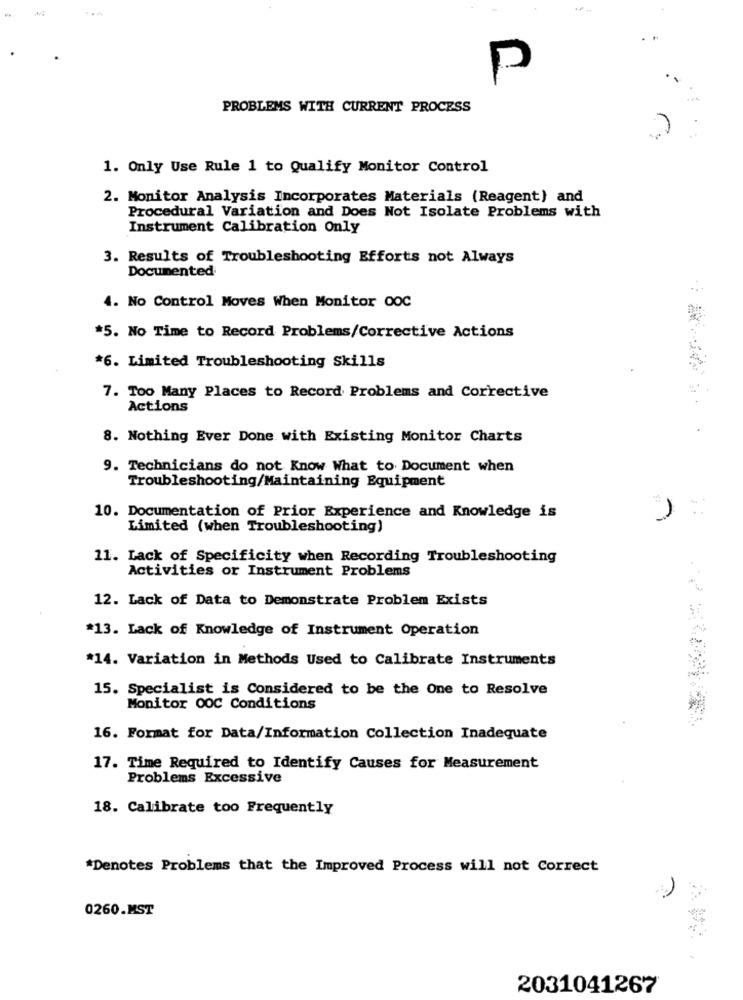
P
PROBLEMS WITH CURRENT PROCESS
1. Only Use Rule 1 to Qualify Monitor Control
2. Monitor Analysis Incorporates Materials (Reagent) and
Procedural Variation and Does Not Isolate Problems with
Instrument Calibration Only
3. Results of Troubleshooting Efforts not Always
Documented
4. No Control Moves When Monitor OOC
*5. No Time to Record Problems/Corrective Actions
*6. Limited Troubleshooting Skills
7. Too Many Places to Record Problems and Corrective
Actions
8. Nothing Ever Done with Existing Monitor Charts
9. Technicians do not Know What to Document when
Troubleshooting/Maintaining Equipment
10. Documentation of Prior Experience and Knowledge is
Limited (when Troubleshooting)
11. Lack of Specificity when Recording Troubleshooting
Activities or Instrument Problems
12. Lack of Data to Demonstrate Problem Exists
*13. Lack of Knowledge of Instrument Operation
*14. Variation in Methods Used to Calibrate Instruments
15. Specialist is Considered to be the One to Resolve
Monitor 00C Conditions
16. Format for Data/Information Collection Inadequate
17. Time Required to Identify Causes for Measurement
Problems Excessive
18. Calibrate too Frequently
*Denotes Problems that the Improved Process will not Correct
0260.MST
2031041267